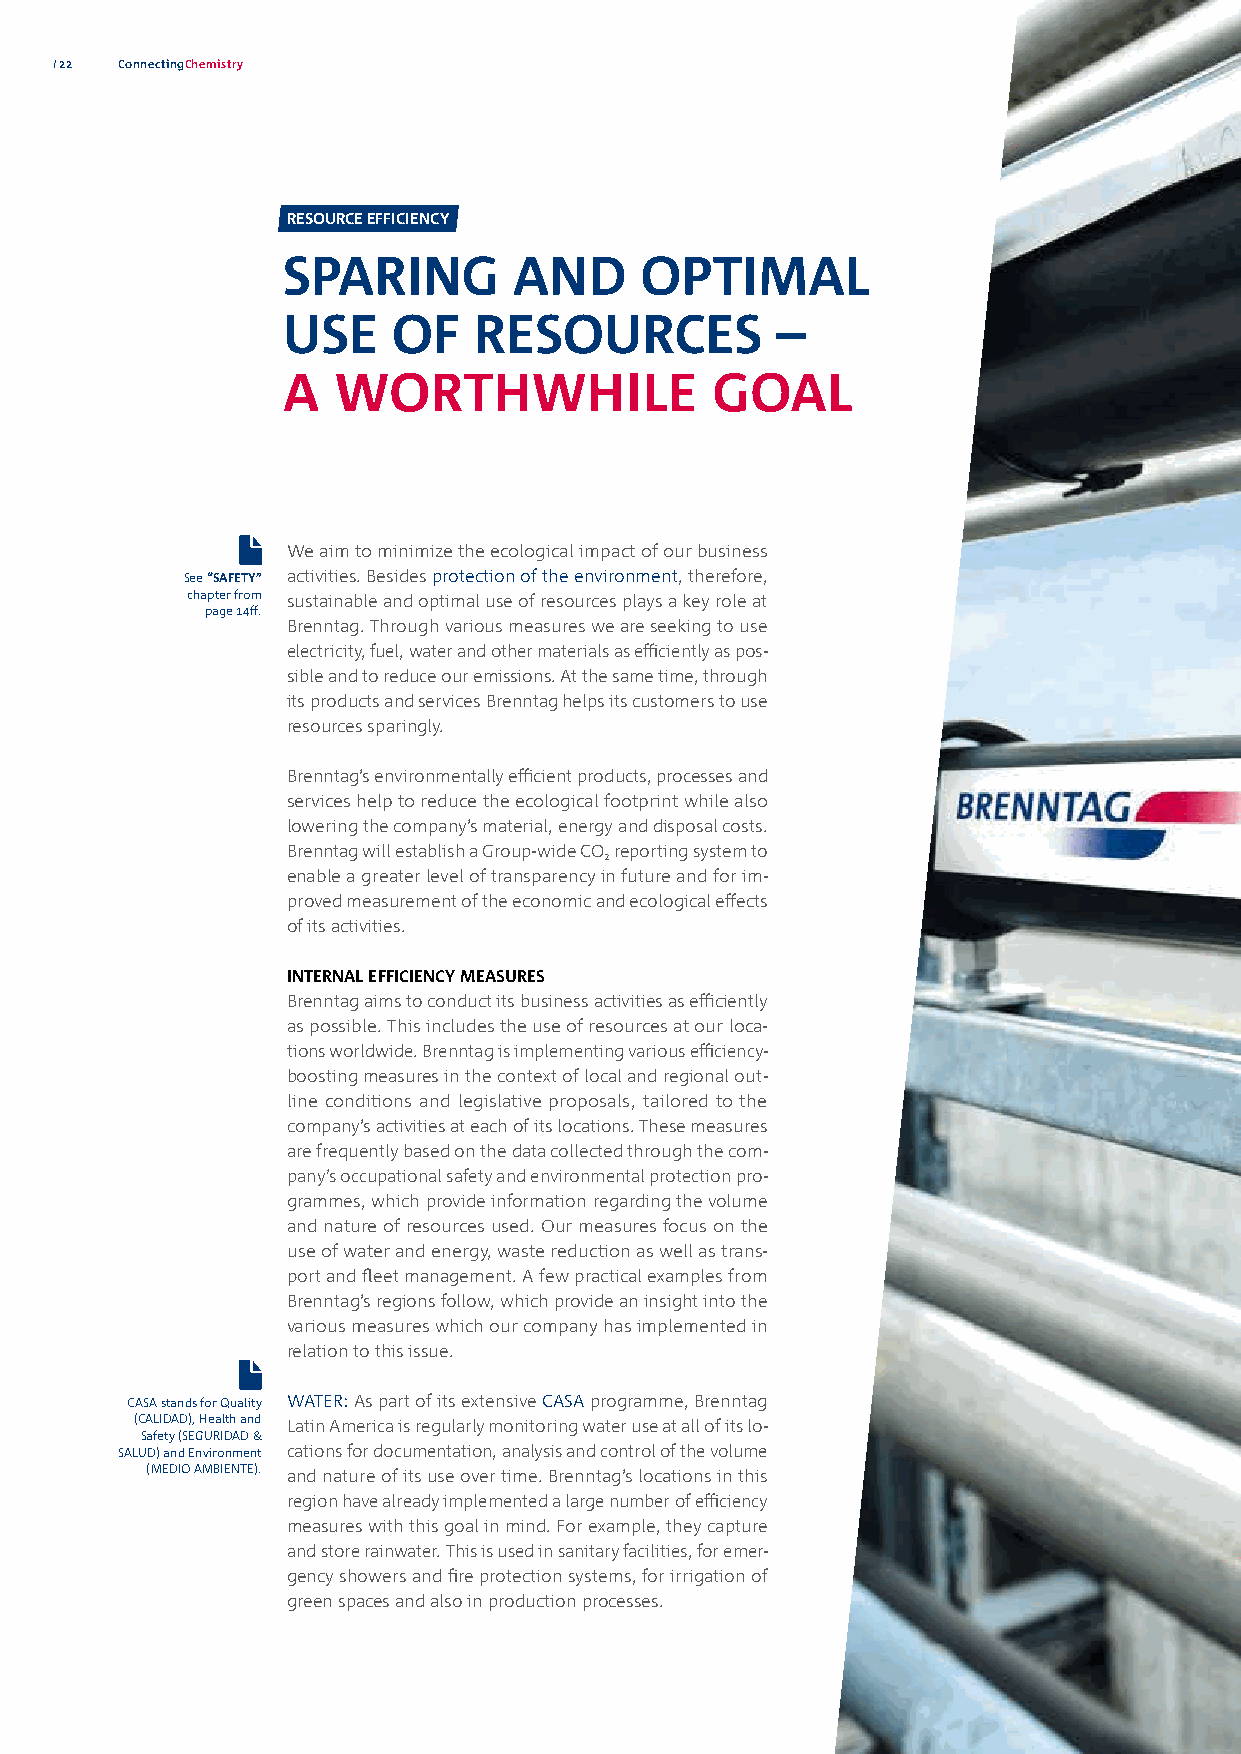
22  ConnectingChemistry
 RESOURCE EFFICIENCY
 SPARING        AND     OPTIMAL
 USE    OF   RESOURCES           –
 A  WORTHWHILE               GOAL
 We aim to minimize the ecological impact of our business
 See “SAFETY” activities. Besides protection of the environment, therefore,
 chapter from sustainable and optimal use of resources plays a key role at
 page 14ff.
 Brenntag. Through various measures we are seeking to use
 electricity, fuel, water and other materials as efficiently as pos-
 sible and to reduce our emissions. At the same time, through
 its products and services Brenntag helps its customers to use
 resources sparingly.
 Brenntag’s environmentally efficient products, processes and
 services help to reduce the ecological footprint while also
 lowering the company’s material, energy and disposal costs.
 Brenntag will establish a Group-wide CO reporting system to
 2
 enable a greater level of transparency in future and for im-
 proved measurement of the economic and ecological effects
 of its activities.
 INTERNAL EFFICIENCY MEASURES
 Brenntag aims to conduct its business activities as efficiently
 as possible. This includes the use of resources at our loca-
 tions worldwide. Brenntag is implementing various efficiency-
 boosting measures in the context of local and regional out-
 line conditions and legislative proposals, tailored to the
 comp any’s activities at each of its locations. These measures
 are frequently based on the data collected through the com-
 pany’s occupational safety and environmental protection pro-
 grammes, which provide information regarding the volume
 and nature of resources used. Our measures focus on the
 use of water and energy, waste reduction as well as trans-
 port and fleet management. A few practical examples from
 Brenntag’s regions follow, which provide an insight into the
 various measures which our company has implemented in
 relation to this issue.
 CASA stands for Quality WATER: As part of its extensive CASA programme, Brenntag
 (CALIDAD), Health and Latin America is regularly monitoring water use at all of its lo-
 Safety (SEGURIDAD &
 SALUD) and Environment cations for documentation, analysis and control of the volume
 (MEDIO AMBIENTE). and nature of its use over time. Brenntag’s locations in this
 region have already implemented a large number of efficiency
 measures with this goal in mind. For example, they capture
 and store rainwater. This is used in sanitary facilities, for emer-
 gency showers and fire protection systems, for irrigation of
 green spaces and also in production processes.